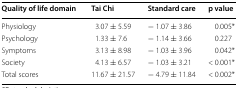
| Quality of life domain | Tai Chi | Standard care | p value |
 | --- | --- | --- | --- |
 | Physiology | 3.07 ± 5.59 | − 1.07 ± 3.86 | 0.005* |
 | Psychology | 1.33 ± 7.6 | − 1.14 ± 3.66 | 0.227 |
 | Symptoms | 3.13 ± 8.98 | − 1.03 ± 3.96 | 0.042* |
 | Society | 4.13 ± 6.57 | − 1.03 ± 3.21 | < 0.001* |
 | Total scores | 11.67 ± 21.57 | − 4.79 ± 11.84 | < 0.002* |